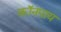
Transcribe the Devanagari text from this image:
कॉनपाय